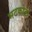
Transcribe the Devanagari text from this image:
भटकाता